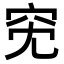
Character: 𥤷